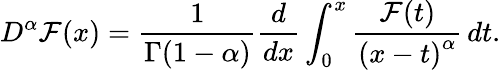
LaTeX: D^{\alpha}\mathcal{F}(x)={\frac{{1}}{{\Gamma(1-\alpha)}}}{\frac{{d}}{{dx}}}\int_{0}^{x}{\frac{{\mathcal{F}(t)}}{{\left(x-t\right)^{\alpha}}}}\, dt.